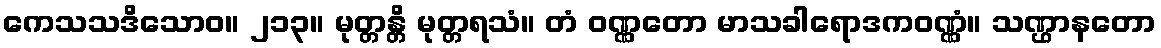
ကေသသဒိသောဝ။ ၂၁၃။ မုတ္တန္တိ မုတ္တရသံ။ တံ ဝဏ္ဏတော မာသခါရောဒကဝဏ္ဏံ။ သဏ္ဌာနတော